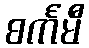
စင်္ကမီ